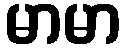
မာမာ